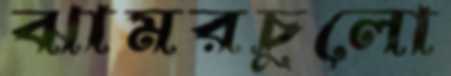
ঝামরচুলো